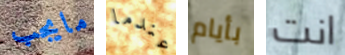
مايجب عندما بأيام انت